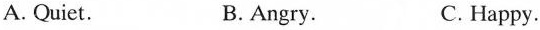
A. Quiet. B. Angry. C. Happy.